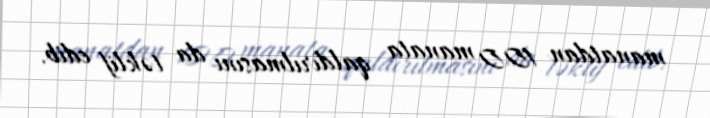
manatdan 100 manata qaldırılmasını da təklif edib.